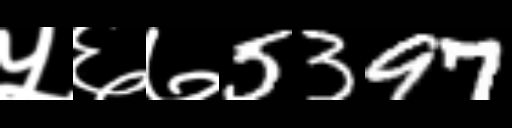
Text: ५६७5397